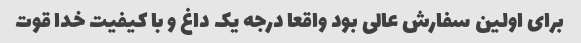
برای اولین سفارش عالی بود واقعا درجه یک داغ و با کیفیت خدا قوت